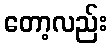
တော့လည်း